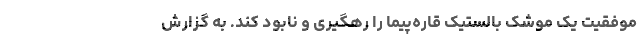
موفقیت یک موشک بالستیک قاره‌پیما را رهگیری و نابود کند. به گزارش